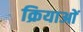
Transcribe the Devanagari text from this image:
क्रियाआें